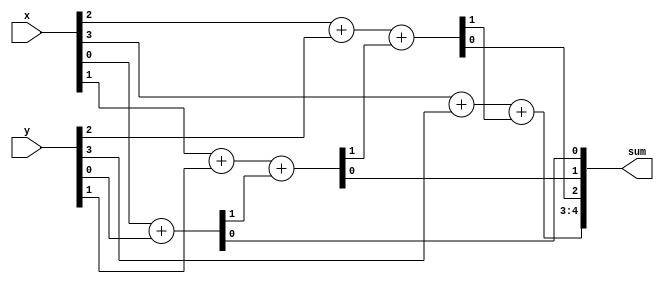
module top_module (
    input [3:0] x,
    input [3:0] y, 
    output [4:0] sum);

    wire [2:0]cout;
    
    assign {cout[0],sum[0]} = x[0] + y[0];
    assign {cout[1],sum[1]} = x[1] + y[1] + cout[0];
    assign {cout[2],sum[2]} = x[2] + y[2] + cout[1];
    assign {sum[4],sum[3]} = x[3] + y[3] + cout[2];
endmodule